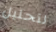
لتحليل